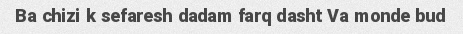
Ba chizi k sefaresh dadam farq dasht Va monde bud